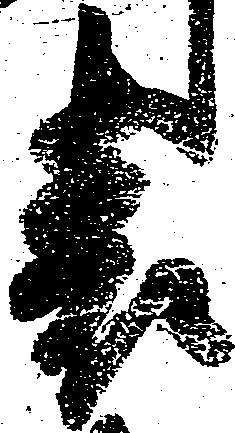
表